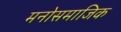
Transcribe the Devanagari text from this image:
मनोसमाजिक